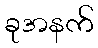
ခုအနက်